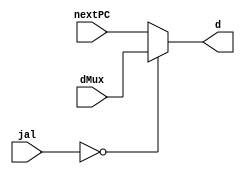
`timescale 1ns / 1ps
//////////////////////////////////////////////////////////////////////////////////
// Company: 
// Engineer: 
// 
// Design Name: 
// Module Name: regDataMux
// Project Name: 
// Target Devices: 
// Tool Versions: 
// Description: 
// 
// Dependencies: 
// 
// Revision:
// Revision 0.01 - File Created
// Additional Comments:
// 
//////////////////////////////////////////////////////////////////////////////////


module regDataMux(
        input [1:0] jal,
        input [31:0] nextPC,
        input [31:0] dMux,
        output reg [31:0] d
    );
    always @(*) begin
        if(jal == 1'b0) begin
            d <= dMux;
        end
        else begin
            d <= nextPC;
        end
    end
   
    
endmodule